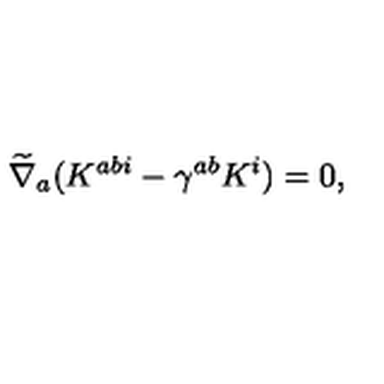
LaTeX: \widetilde { \nabla } _ { a } ( K ^ { a b i } - \gamma ^ { a b } K ^ { i } ) = 0 ,